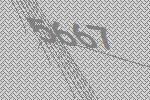
5667